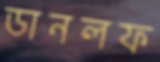
ডানলফ